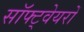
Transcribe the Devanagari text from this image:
सॉफ्ट्वेयरों